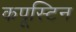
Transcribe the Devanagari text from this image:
कपूस्टिन